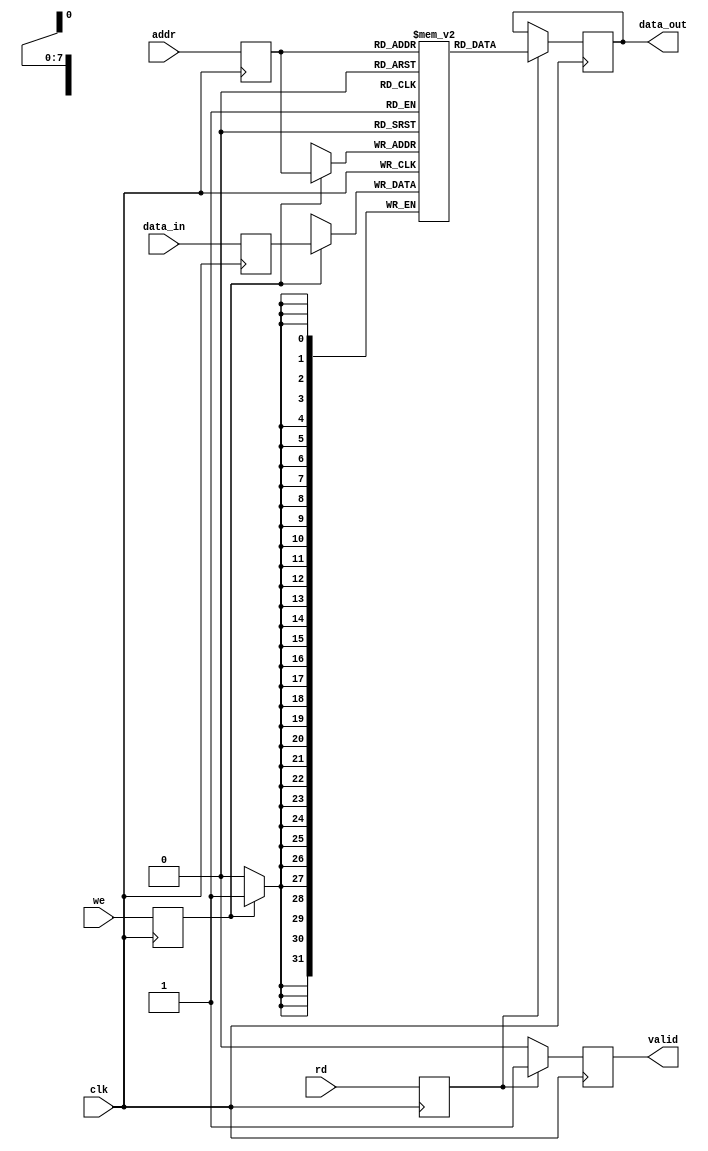
module io_blocks_pipeline_ram #(
    parameter DATA_WIDTH = 32,   // Width of each data word
    parameter ADDR_WIDTH = 8,    // Width of address bus (2^ADDR_WIDTH locations)
    parameter DEPTH = 1 << ADDR_WIDTH // Total number of memory locations
)(
    input wire clk,               // Clock signal
    input wire [ADDR_WIDTH-1:0] addr, // Address input
    input wire [DATA_WIDTH-1:0] data_in, // Data input
    input wire we,                // Write enable
    input wire rd,                // Read enable
    output reg [DATA_WIDTH-1:0] data_out, // Data output
    output reg valid              // Valid signal for data_out
);

    // Memory array
    reg [DATA_WIDTH-1:0] memory [0:DEPTH-1];

    // Pipeline registers
    reg [ADDR_WIDTH-1:0] addr_reg;
    reg [DATA_WIDTH-1:0] data_reg;
    reg we_reg, rd_reg;

    // Pipeline stage for address and data latching
    always @(posedge clk) begin
        addr_reg <= addr;
        data_reg <= data_in;
        we_reg <= we;
        rd_reg <= rd;
    end

    // Read and Write operations
    always @(posedge clk) begin
        if (we_reg) begin
            // Write operation
            memory[addr_reg] <= data_reg;
        end
    end

    always @(posedge clk) begin
        if (rd_reg) begin
            // Read operation
            data_out <= memory[addr_reg];
            valid <= 1'b1; // Indicate valid data is available
        end else begin
            valid <= 1'b0; // No valid data
        end
    end

endmodule